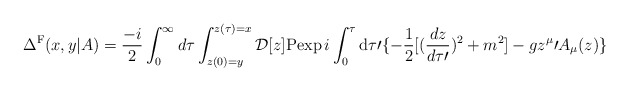
\begin{align*}\Delta^{\rm F} (x,y\vert A)={- i\over 2} \int_0^{\infty} d \tau \int_{z(0)=y}^{z(\tau)=x} {\cal D} [z] {\rm P}{\rm exp}\, i\int_0^{\tau} {\rm d} \tau\prime \{ -{1\over 2} [ ({d z \over d \tau\prime})^2 +m^2] - g z^{\mu}\prime A_{\mu} (z) \}\end{align*}